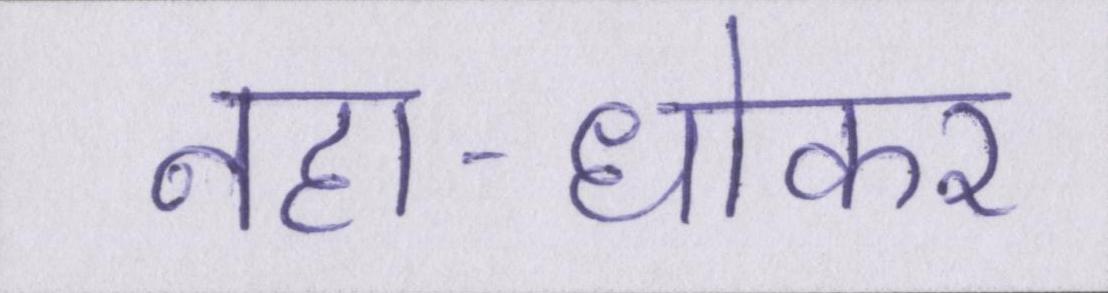
नहा-धोकर